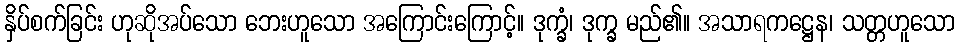
နှိပ်စက်ခြင်း ဟုဆိုအပ်သော ဘေးဟူသော အကြောင်းကြောင့်။ ဒုက္ခံ၊ ဒုက္ခ မည်၏။ အသာရကဋ္ဌေန၊ သတ္တဟူသော